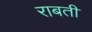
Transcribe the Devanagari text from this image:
राबती